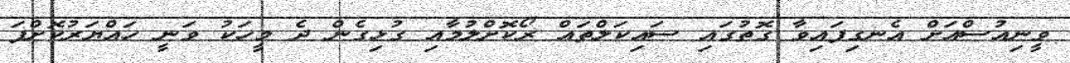
ވީނިއުސްއަށް އެނގިފައިވާ ގޮތުގައި ސައިކަލްތައް ރޯކޮށްލުމާއި ގުޅިގެން ދެ މީހަކު ވަނީ ހައްޔަރުކޮށްފަ